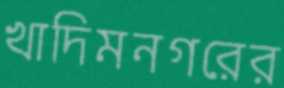
খাদিমনগরের